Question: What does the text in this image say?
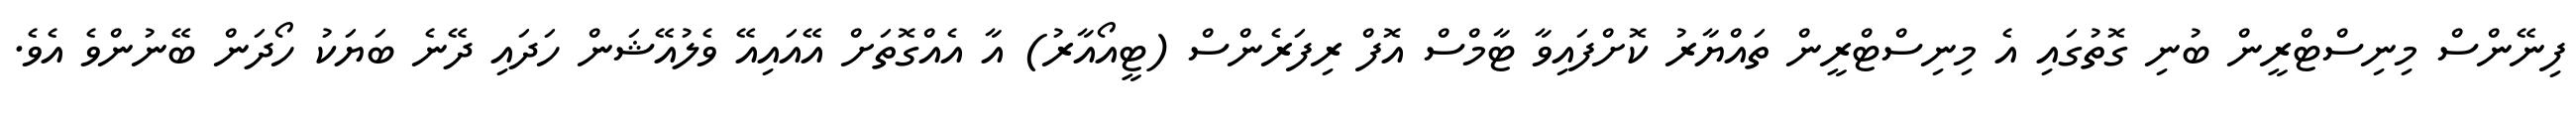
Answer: ފިނޭންސް މިނިސްޓްރީން ބުނި ގޮތުގައި އެ މިނިސްޓްރީން ތައްޔާރު ކޮށްފައިވާ ޓާމްސް އޮފް ރިފަރެންސް (ޓީއޯއާރު) އާ އެއްގޮތަށް އޭއައިއޭ ވެލުއޭޝަން ހަދައި ދޭނެ ބަޔަކު ހޯދަން ބޭނުންވެ އެވެ.